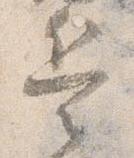
兵